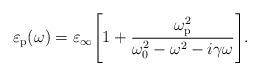
LaTeX: \begin{align*}\varepsilon_\mathrm{p}(\omega) = \varepsilon_\infty\Bigg[1+\dfrac{\omega_\mathrm{p}^2}{\omega_0^2-\omega^2-i\gamma\omega} \Bigg]. \end{align*}